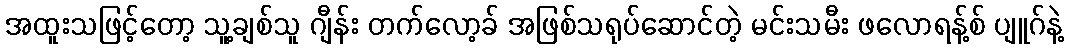
အထူးသဖြင့်တော့ သူ့ချစ်သူ ဂျီန်း တက်လော့ခ် အဖြစ်သရုပ်ဆောင်တဲ့ မင်းသမီး ဖလောရန့်စ် ပျူဂ်နဲ့